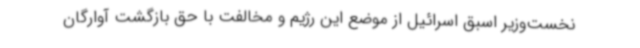
نخست‌وزیر اسبق اسرائیل از موضع این رژیم و مخالفت با حق بازگشت آوارگان